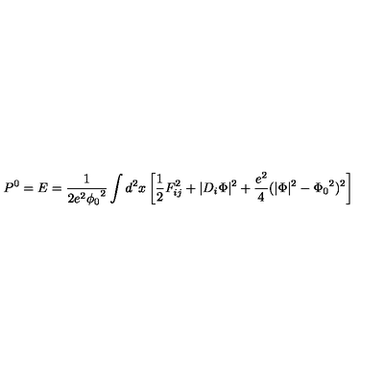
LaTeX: P ^ { 0 } = E = \frac { 1 } { 2 e ^ { 2 } { \phi _ { 0 } } ^ { 2 } } \int d ^ { 2 } x \left[ \frac { 1 } { 2 } F _ { i j } ^ { 2 } + \vert D _ { i } \Phi \vert ^ { 2 } + \frac { e ^ { 2 } } { 4 } ( \vert \Phi \vert ^ { 2 } - { \Phi _ { 0 } } ^ { 2 } ) ^ { 2 } \right]